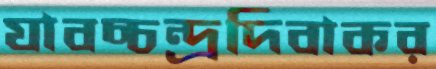
যাবচ্চন্দ্রদিবাকর